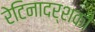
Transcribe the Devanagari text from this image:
रेटिनादर्शकी